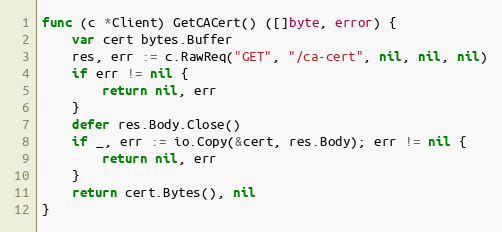
Language: Go
func (c *Client) GetCACert() ([]byte, error) {
	var cert bytes.Buffer
	res, err := c.RawReq("GET", "/ca-cert", nil, nil, nil)
	if err != nil {
		return nil, err
	}
	defer res.Body.Close()
	if _, err := io.Copy(&cert, res.Body); err != nil {
		return nil, err
	}
	return cert.Bytes(), nil
}